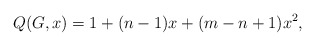
\begin{align*}Q(G,x) = 1 + (n-1)x + (m - n +1 )x^2,\end{align*}